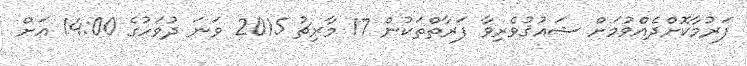
ފަރުމާކޮށްދެއްވުމަށް ޝައުޤުވެރިވާ ފަރާތްތަކުން 17 މާރިޗު 2015 ވަނަ ދުވަހުގެ 14:00 އަށް